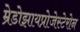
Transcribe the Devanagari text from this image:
म्रेडोझायप्रोजेस्टेरोन